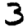
Digit: 3